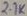
Text: 21K